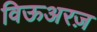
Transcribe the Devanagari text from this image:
विऊअरज़